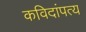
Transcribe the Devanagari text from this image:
कविदांपत्य